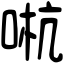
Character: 𠵉